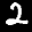
Label: 2